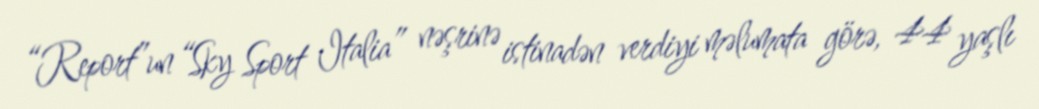
“Report”un “Sky Sport Italia” nəşrinə istinadən verdiyi məlumata görə, 44 yaşlı